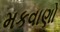
મકવાણો